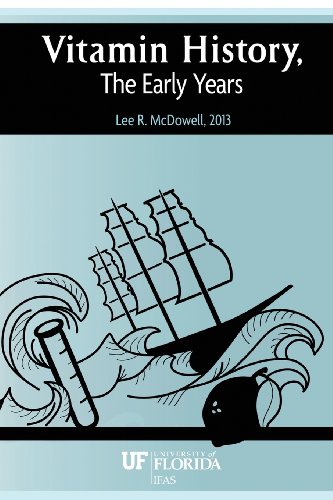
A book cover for Vitamin History, the Early Years; Lee R. McDowell; Health, Fitness & Dieting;